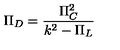
\Pi _ { D } = { \frac { \Pi _ { C } ^ { 2 } } { k ^ { 2 } - \Pi _ { L } } }